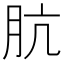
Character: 肮